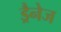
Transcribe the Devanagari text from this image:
ड्रैनेज